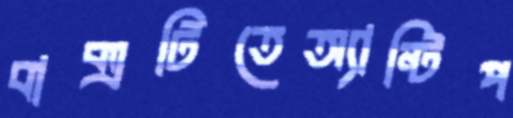
বাক্সটিতেঅ্যান্টিপ